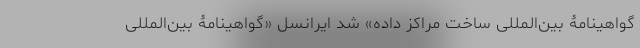
گواهینامۀ بین‌المللی ساخت مراکز داده» شد ایرانسل «گواهینامۀ بین‌المللی